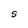
Character: S